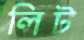
লিট